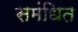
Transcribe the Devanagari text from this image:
समंधित